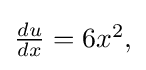
{\textstyle {\frac {du}{dx}}=6x^{2},}